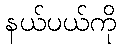
နယ်ပယ်ကို